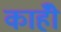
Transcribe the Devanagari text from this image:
काहीँ